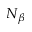
N _ { \beta }